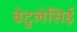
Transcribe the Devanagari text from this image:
बेटुलेसिई